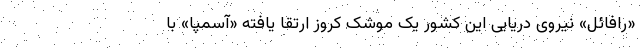
«رافائل» نیروی دریایی این کشور یک موشک کروز ارتقا یافته «آسمپا» با